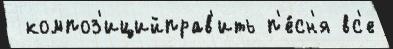
 композ'ицийправ'ить п'е́сн'я вс'е